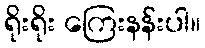
ရိုးရိုး ကြေးနန်းပါ။